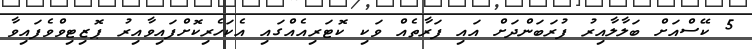
5 ކޭސްއަށް ބަލާލާއިރު ފުރަބަންދަށް އައި ފަރާތެއް ވަކި ކޮޓަރިއެއްގައި އެކަހެރިކޮށްފައިވާއިރު ޕޮޒިޓިވްވެފައިވާ